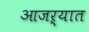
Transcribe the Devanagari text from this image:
आजऱ्यात